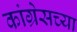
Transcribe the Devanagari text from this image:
कांग्रेसच्या